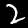
Digit: 2